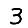
Digit: 3